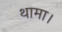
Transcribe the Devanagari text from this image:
थामा।